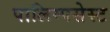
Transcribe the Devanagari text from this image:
पालिम्पसेस्ट